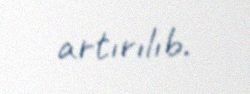
artırılıb.